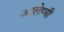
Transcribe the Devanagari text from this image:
आलेप्पी